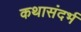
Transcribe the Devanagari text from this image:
कथासंदर्भ